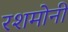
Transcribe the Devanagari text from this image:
रशमोनी